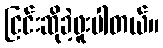
ငြင်းဆိုခဲ့ဖူးပါတယ်။